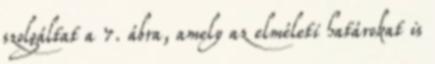
szolgáltat a 7. ábra, amely az elméleti határokat is